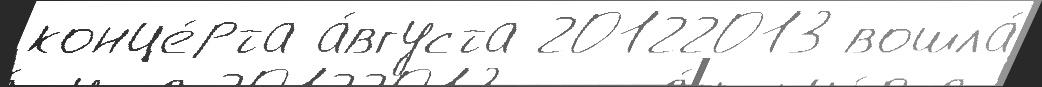
конце́рта а́вгуста 20122013 вошла́